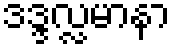
ဒဒ္ဒလ္လမာနာ